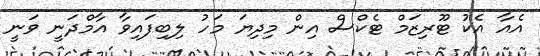
އެއާ އެކު ޓޫރިޒަމް ޓެކްސް އިން މިދިޔަ މަހު ލިބިފައިވާ އާމްދަނީ ވަނީ